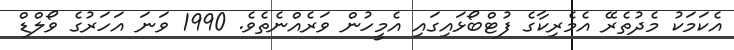
އެކަމަކު މެދުތެރޭ އެމެރިކާގެ ފުޓްބޯޅައިގައި އެމީހުން ވަރެއްނެތެވެ. 1990 ވަނަ އަހަރުގެ ވޯލްޑް